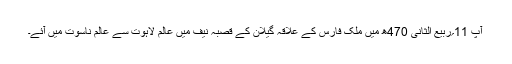
آپ 11؍ربیع الثانی 470ھ میں ملک فارس کے علاقہ گیلان کے قصبہ نیف میں عالم لاہوت سے عالم ناسوت میں آئے۔